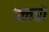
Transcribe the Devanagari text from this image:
क्लबो